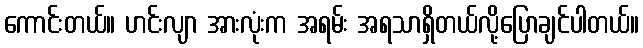
ကောင်းတယ်။ ဟင်းလျာ အားလုံးက အရမ်း အရသာရှိတယ်လို့ပြောချင်ပါတယ်။